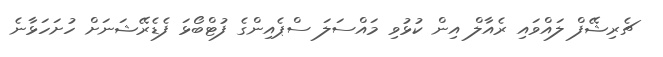
ޗެރިޝޭފް ލައްވައި ރެއާލް އިން ކުޅުވި މައްސަލަ ސްޕެއިންގެ ފުޓްބޯޅަ ފެޑެރޭޝަނަށް ހުށަހަޅާނެ